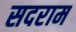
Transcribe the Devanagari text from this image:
सदराम